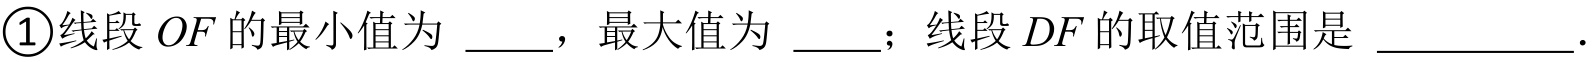
\textcircled{1}线段 \(OF\) 的最小值为 \_\_\_，最大值为 \_\_\_；线段 \(DF\) 的取值范围是 \_\_\_\_\_\_\_\_ .